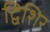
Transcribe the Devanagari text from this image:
द्विशिर